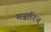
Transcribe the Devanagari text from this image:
मज़ारिन